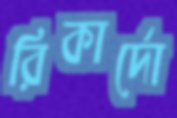
রিকার্দো